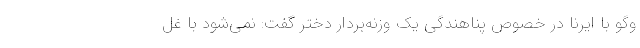
وگو با ایرنا در خصوص پناهندگی یک وزنه‌بردار دختر گفت: نمی‌شود با غُل